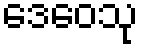
ဒေဝေသု